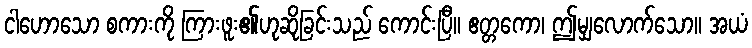
ငါဟောသော စကားကို ကြားဖူး၏ဟုဆိုခြင်းသည် ကောင်းပြီ။ ဧတ္တကော၊ ဤမျှလောက်သော။ အယံ